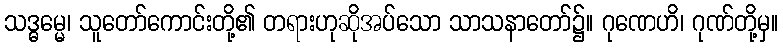
သဒ္ဓမ္မေ၊ သူတော်ကောင်းတို့၏ တရားဟုဆိုအပ်သော သာသနာတော်၌။ ဂုဏေဟိ၊ ဂုဏ်တို့မှ။